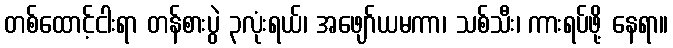
တစ်ထောင့်ငါးရာ တန်စားပွဲ ၃လုံးရယ်၊ အဖျော်ယမကာ၊ သစ်သီး၊ ကားရပ်ဖို့ နေရာ။